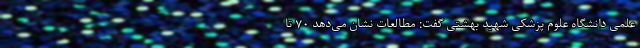
علمی دانشگاه علوم پزشکی شهید بهشتی گفت: مطالعات نشان می‌دهد ۷۰ تا